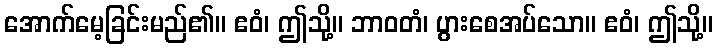
အောက်မေ့ခြင်းမည်၏။ ဧဝံ၊ ဤသို့။ ဘာဝတံ၊ ပွားစေအပ်သော။ ဧဝံ၊ ဤသို့။